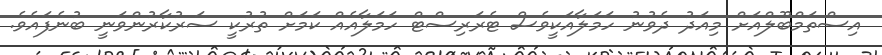
އިސްތަމްބޫލްއަށް މިއަދު ދެވުނު ހަމަލާއަކީވެސް ޓެރަރިސްޓް ހަމަލާއެއް ކަމަށް ތުރުކީ ސަރުކާރުންވަނީ ބުނެފައެވެ.